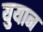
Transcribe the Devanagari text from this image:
युयान